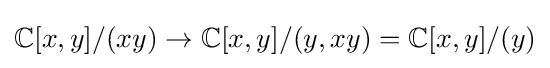
\mathbb {C} [x,y]/(xy)\to \mathbb {C} [x,y]/(y,xy)=\mathbb {C} [x,y]/(y)